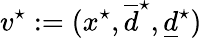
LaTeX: v^{\star}:=(x^{\star},\overline{d}^{\star},\underline{d}^{\star})